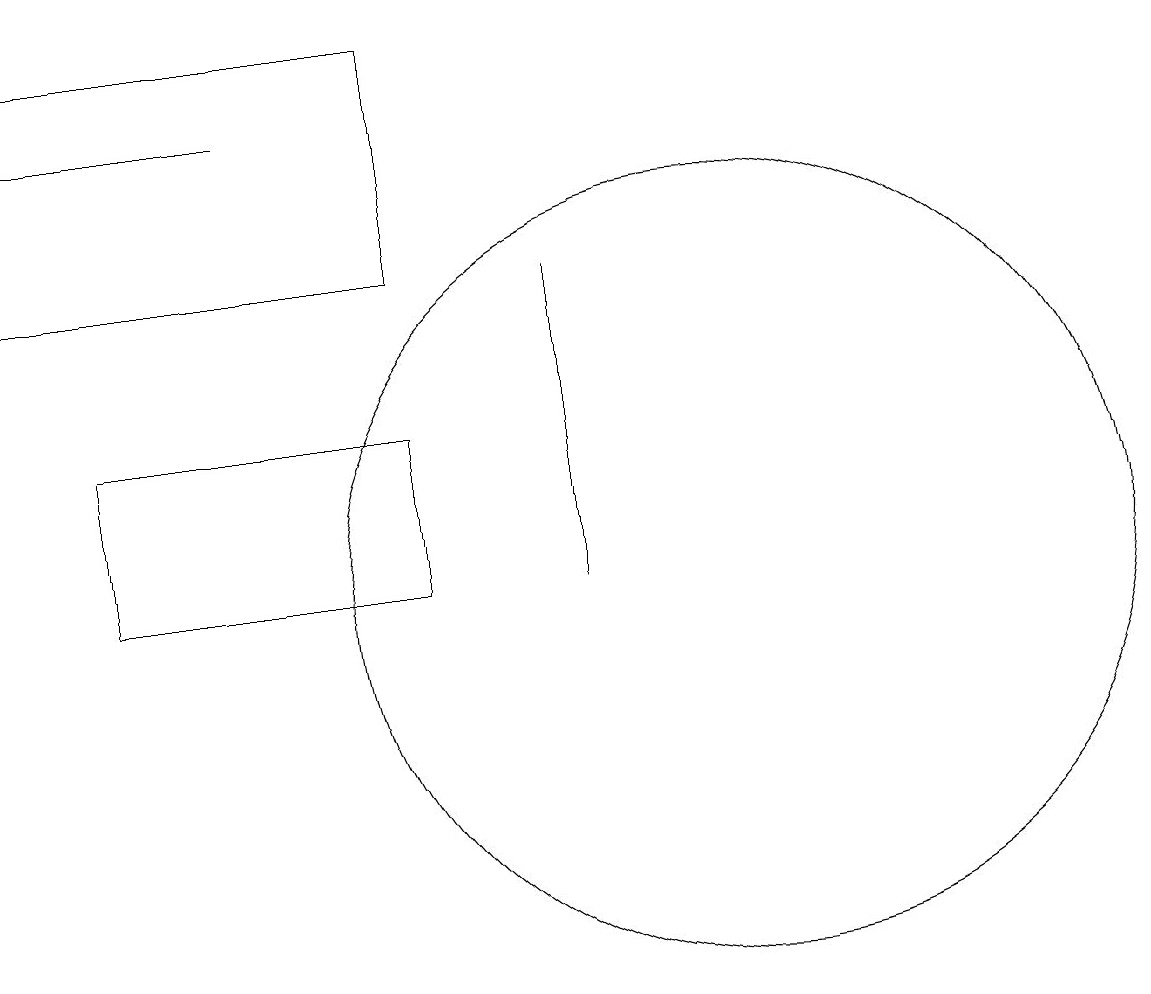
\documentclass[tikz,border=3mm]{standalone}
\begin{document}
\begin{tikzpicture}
\draw (2,19) rectangle (7,16);
\draw (11,12) circle (5);
\draw[->] (5,18) -- (2,18);
\draw (7,12) rectangle (3,14);
\draw (9,16) rectangle (9,12);
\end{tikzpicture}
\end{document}